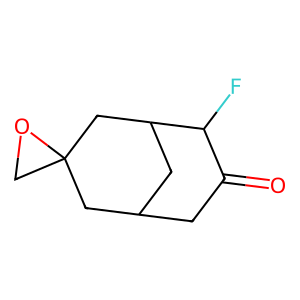
SMILES: O=C1CC2CC(CC3(CO3)C2)C1F
Inhibits HIV replication: No